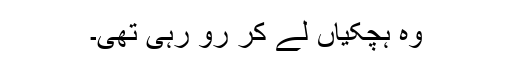
وہ ہچکیاں لے کر رو رہی تھی۔